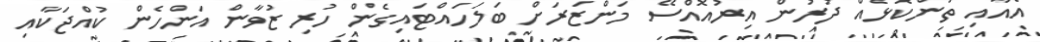
އެއާއި ތަންކޮޅެއް ދުރުން އިރުއޮއްސޭ މަންޒަރަށް ބަލަހައްޓައިގެން ހުރި ޒުވާން އަންހެން ކުއްޖަކާއި